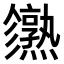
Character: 𤒙